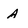
Character: A